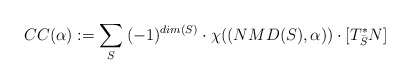
\begin{align*} CC(\alpha):= \sum_S \: (-1)^{dim(S)}\cdot \chi((NMD(S),\alpha))\cdot \left[T^*_{\bar{S}}N\right]\end{align*}